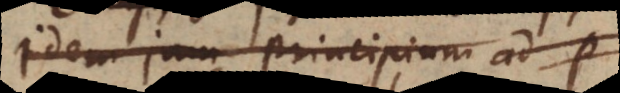
Idem jam Principium ad